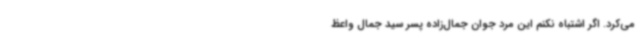
می‌کرد. اگر اشتباه نکنم این مرد جوان جمال‌زاده پسر سید جمال واعظ